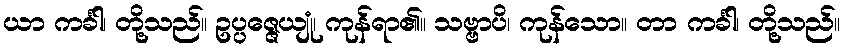
ယာ ကင်္ခါ၊ တို့သည်။ ဥပ္ပဇ္ဇေယျုံ၊ ကုန်ရာ၏။ သဗ္ဗာပိ၊ ကုန်သော။ တာ ကင်္ခါ၊ တို့သည်။